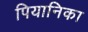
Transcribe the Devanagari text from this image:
पियानिका